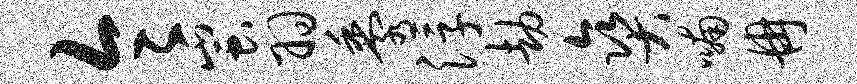
令蚩羽黍浮劫爽喃冉